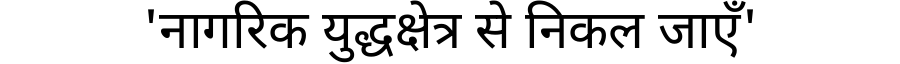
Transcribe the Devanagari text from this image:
'नागरिक युद्धक्षेत्र से निकल जाएँ'